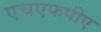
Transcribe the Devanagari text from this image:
एचएफपीए